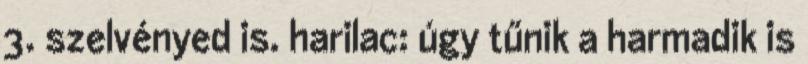
3. szelvényed is. harilac: úgy tűnik a harmadik is